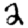
Digit: 2